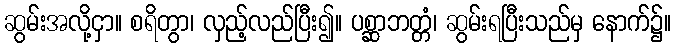
ဆွမ်းအလို့ငှာ။ စရိတွာ၊ လှည့်လည်ပြီး၍။ ပစ္ဆာဘတ္တံ၊ ဆွမ်းရပြီးသည်မှ နောက်၌။